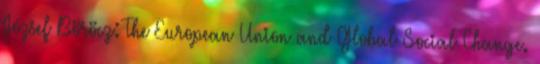
József Böröcz: The European Union and Global Social Change.